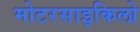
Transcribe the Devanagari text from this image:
मोटरसाइकिलो